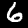
Label: 6